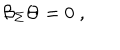
LaTeX: \mathcal { B } _ { \Sigma } \Theta = 0 \; ,